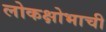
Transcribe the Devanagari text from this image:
लोकक्षोभाची